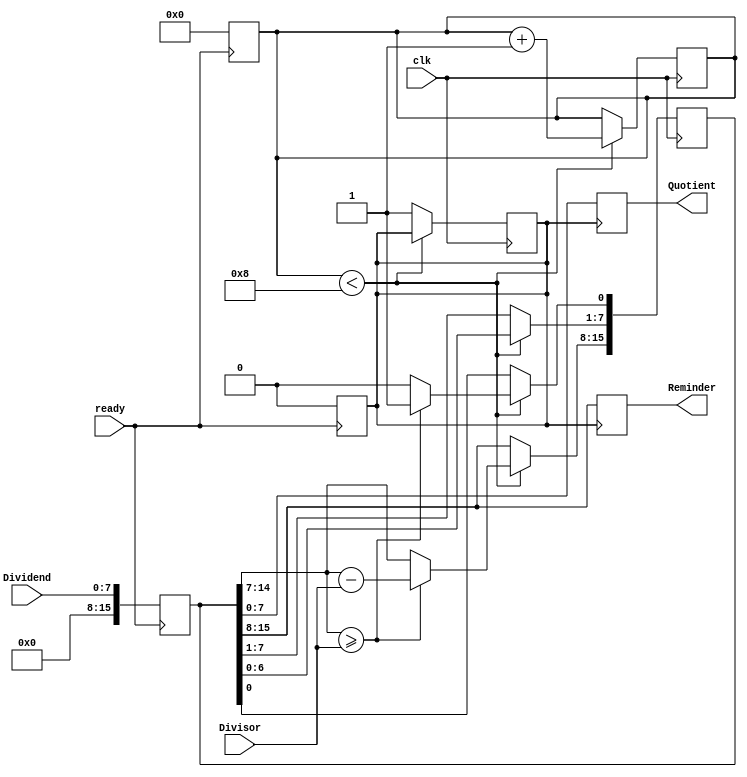
module Division_seq(Divisor,Dividend,Quotient,Reminder,clk,ready);
parameter N = 8;
input [N-1:0] Divisor,Dividend;
input clk,ready;
output reg[N-1:0] Quotient,Reminder;
reg[2*N-1:0] Q;
reg[3:0] count;
reg res;
always @(posedge ready) begin
    Q={8'b0,Dividend};
    count=0;
    res=1'b0;
end
always @(posedge res) begin
    Quotient=Q[N-1:0];
    Reminder=Q[2*N-1:N];
end
always @(posedge clk) begin
    if(count<8)begin
      Q=Q<<1;
      if(Q[2*N-1:N]>=Divisor)begin
        Q[2*N-1:N]=Q[2*N-1:N]-Divisor;
        Q[0]=1'b1;
      end
      else begin
        Q[0]=1'b0;
      end
      count=count+1;
    end
    else begin
      res=1'b1;
    end
end
endmodule